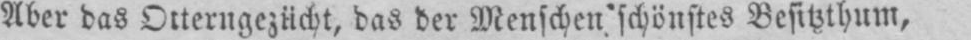
Aber das Otterngezücht, das der Menschen schönstes Besitzthum,